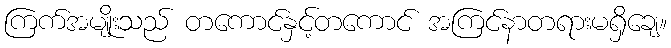
ကြက်အမျိုးသည် တကောင်နှင့်တကောင် အကြင်နာတရားမရှိချေ။